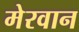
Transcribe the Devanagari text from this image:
मेरवान